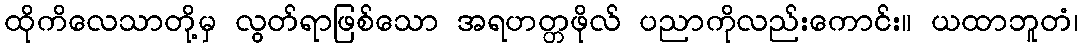
ထိုကိလေသာတို့မှ လွတ်ရာဖြစ်သော အရဟတ္တဖိုလ် ပညာကိုလည်းကောင်း။ ယထာဘူတံ၊